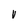
Character: v